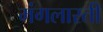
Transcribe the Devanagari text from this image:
मंगलारती